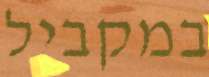
במקביל